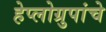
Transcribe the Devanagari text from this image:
हेप्लोग्रुपांचे